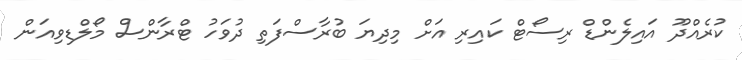
ކުރެއްދޫ އައިލެންޑް ރިސޯޓް ކައިރި އަށް މިދިޔަ ބުރާސްފަތި ދުވަހު ޓްރާންސް މޯލްޑިވިއަން